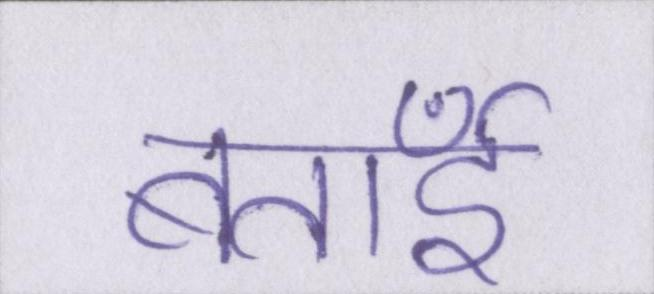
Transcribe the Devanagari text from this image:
बताईँ